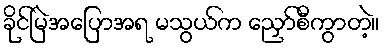
ခိုင်မြဲအပြောအရ မသွယ်က ညှော်စီကွာတဲ့။